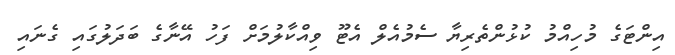
އިންޓަގެ މުހިއްމު ކުޅުންތެރިޔާ ސެމުއެލް އެޓޫ ވިއްކާލުމަށް ފަހު އޭނާގެ ބަދަލުގައި ގެނައި